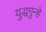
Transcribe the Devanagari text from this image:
युद्धगुन्हे